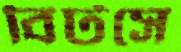
বিটসে